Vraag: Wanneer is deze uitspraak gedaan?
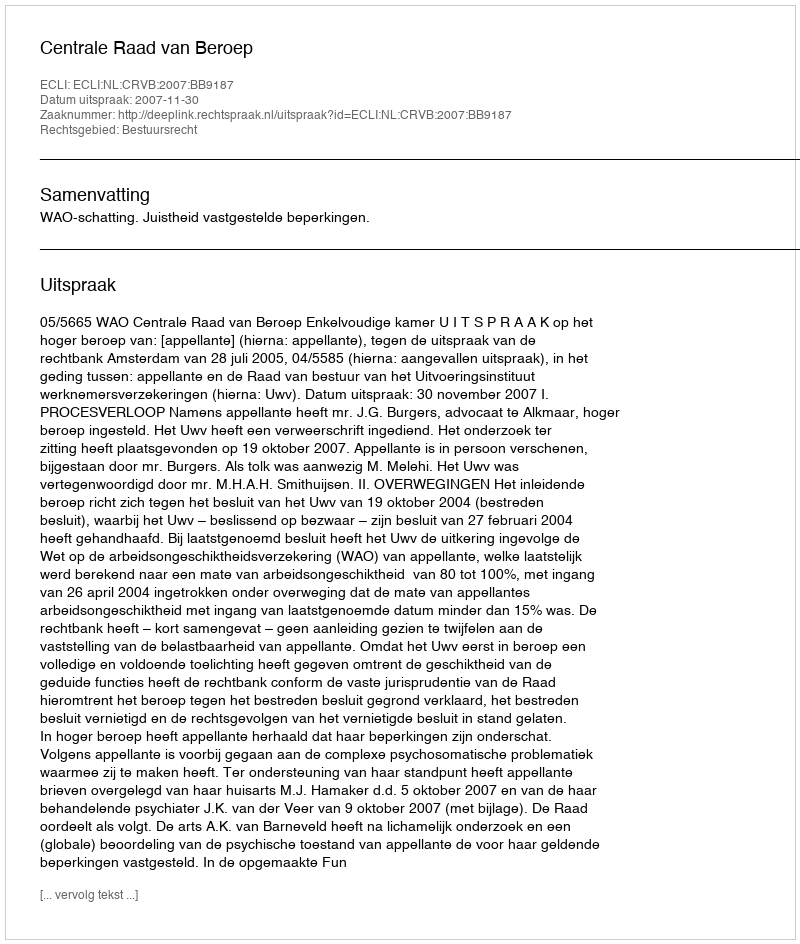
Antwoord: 2007-11-30